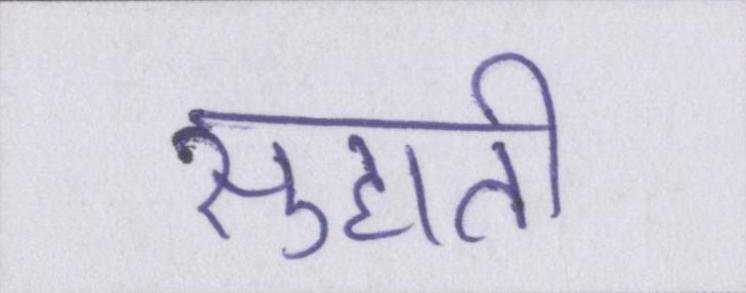
सुहाती